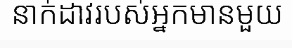
នាក់ដាវរបស់អ្នកមានមួយ